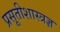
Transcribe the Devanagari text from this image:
प्रसूतीशास्त्रज्ञ